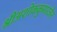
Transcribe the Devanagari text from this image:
श्रीअशोककुमारजैन